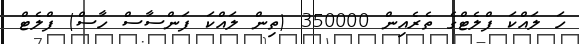
ހަ ލައްކަ ފްލެޓްގެ ތެެރެއިން 350000 (ތިން ލައްކަ ފަންސާސް ހާސް) ފްލެޓް